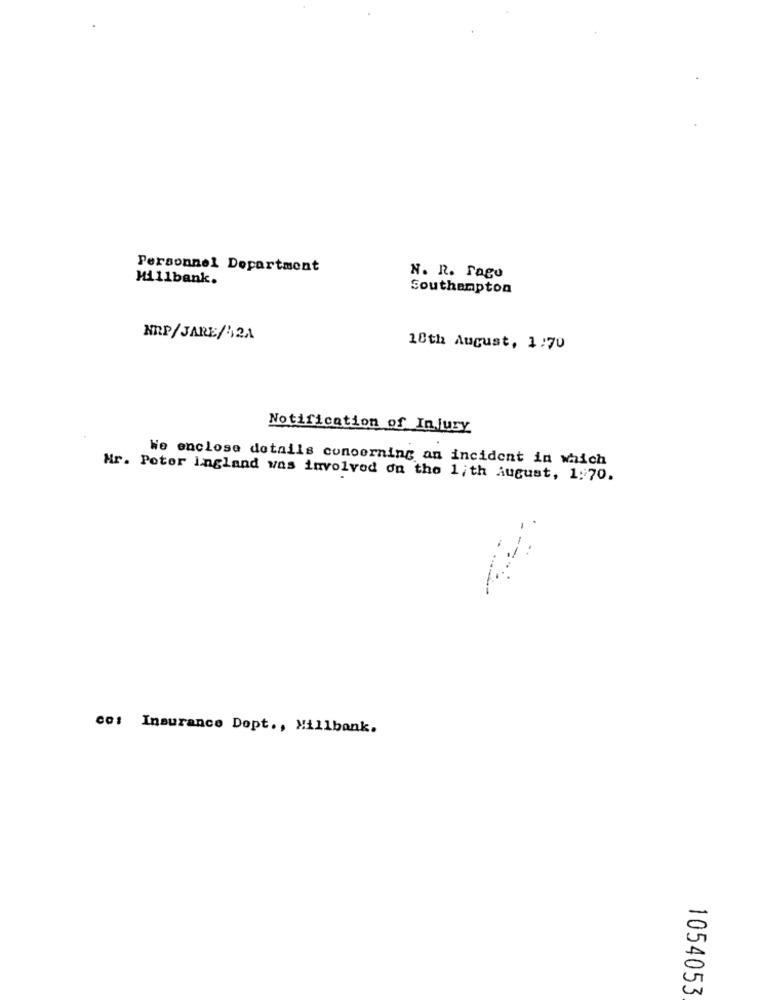
Personnel Department
Hillbank.
N. R. Fago
Southampton
NEP/JARE/121
18th August, 1:70
Notification of Injury
We enclose details concerning an incident in which
Mr. Poter Ingland was involved on the 1;th August, 1:70.
co: Insurance Dopt ., Millbank.
1054053